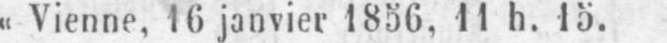
«Vienne, 16 janvier 1856, 11 h. 15.